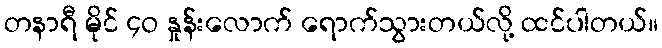
တနာရီ မိုင် ၄ဝ နှုန်းလောက် ရောက်သွားတယ်လို့ ထင်ပါတယ်။